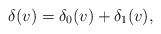
\begin{align*} \delta(v)=\delta_0(v)+\delta_1(v),\end{align*}